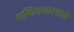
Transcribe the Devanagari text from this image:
गणितशास्त्राचे